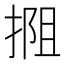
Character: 𫽖